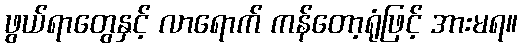
ဖွယ်ရာတွေနှင့် လာရောက် ကန်တော့ရုံဖြင့် အားမရ။